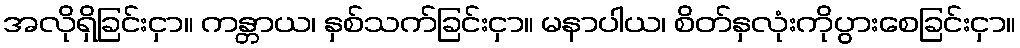
အလိုရှိခြင်းငှာ။ ကန္တာယ၊ နှစ်သက်ခြင်းငှာ။ မနာပါယ၊ စိတ်နှလုံးကိုပွားစေခြင်းငှာ။